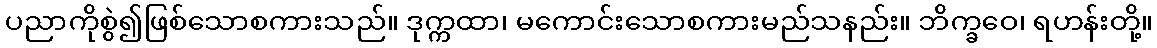
ပညာကိုစွဲ၍ဖြစ်သောစကားသည်။ ဒုက္ကထာ၊ မကောင်းသောစကားမည်သနည်း။ ဘိက္ခဝေ၊ ရဟန်းတို့။